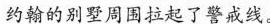
约翰的别墅周围拉起了警戒线。